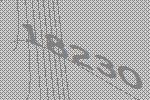
18230